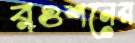
রওশনের